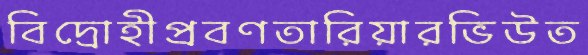
বিদ্রোহীপ্রবণতারিয়ারভিউত